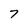
Character: 7